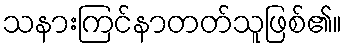
သနားကြင်နာတတ်သူဖြစ်၏။